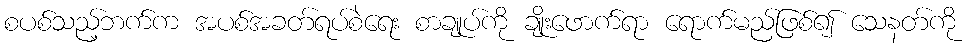
စပစ်သည့်ဘက်က အပစ်အခတ်ရပ်စဲရေး စာချုပ်ကို ချိုးဖောက်ရာ ရောက်မည်ဖြစ်၍ သေနတ်ကို